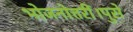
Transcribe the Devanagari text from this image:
भोजनोत्तरीं।पुसे